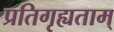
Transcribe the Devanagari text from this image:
प्रतिगृह्यताम्